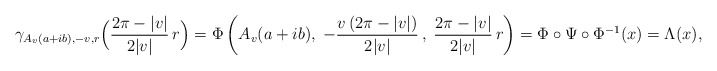
\begin{align*} \gamma_{A_v(a+ib),-v,r} \Big(\frac{2\pi-|v|}{2|v|}\, r \Big) = \Phi \left(A_v(a+ib),\; -\frac{v\, (2\pi-|v|)}{2|v|} \, , \; \frac{2\pi-|v|}{2|v|} \, r \right) = \Phi \circ \Psi \circ \Phi^{-1}(x) = \Lambda (x),\end{align*}